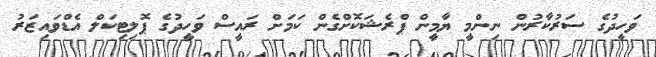
ވަހީދުގެ ސަރުކާރުން ނިންމީ ޔާމީން ޕްރެޝަކޮށްގެން ކަމަށް ރައީސް ވަހީދުގެ ޕޮލިޓިކަލް އެޑްވައިޒަރު